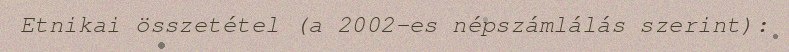
Etnikai összetétel (a 2002-es népszámlálás szerint):